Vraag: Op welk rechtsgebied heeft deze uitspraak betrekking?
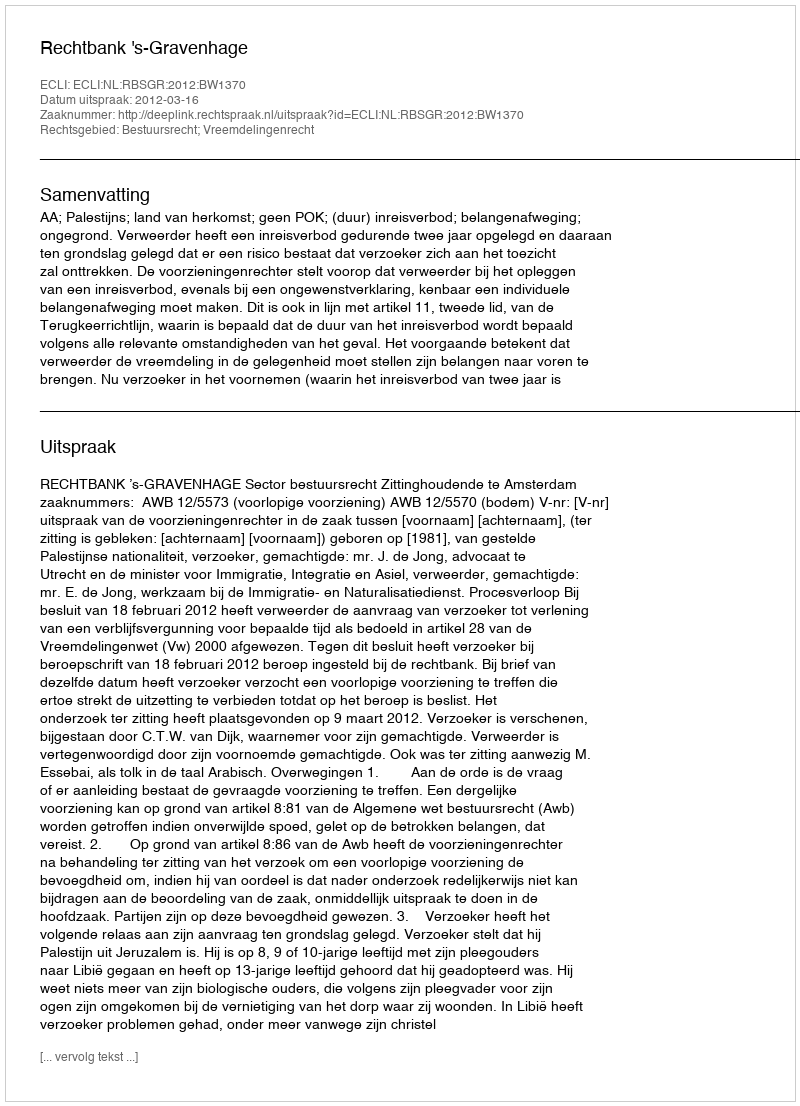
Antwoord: Bestuursrecht; Vreemdelingenrecht